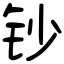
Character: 钞